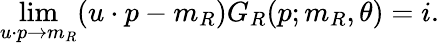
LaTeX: \operatorname*{lim}_{u\cdot p\to m_{R}}(u\cdot p-m_{R})G_{R}(p;m_{R},\theta)=i.